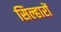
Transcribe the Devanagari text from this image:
सिल्हारों